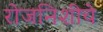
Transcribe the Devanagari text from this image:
रोजनिशीचे